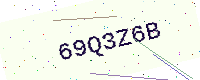
Text: 69Q3Z6B